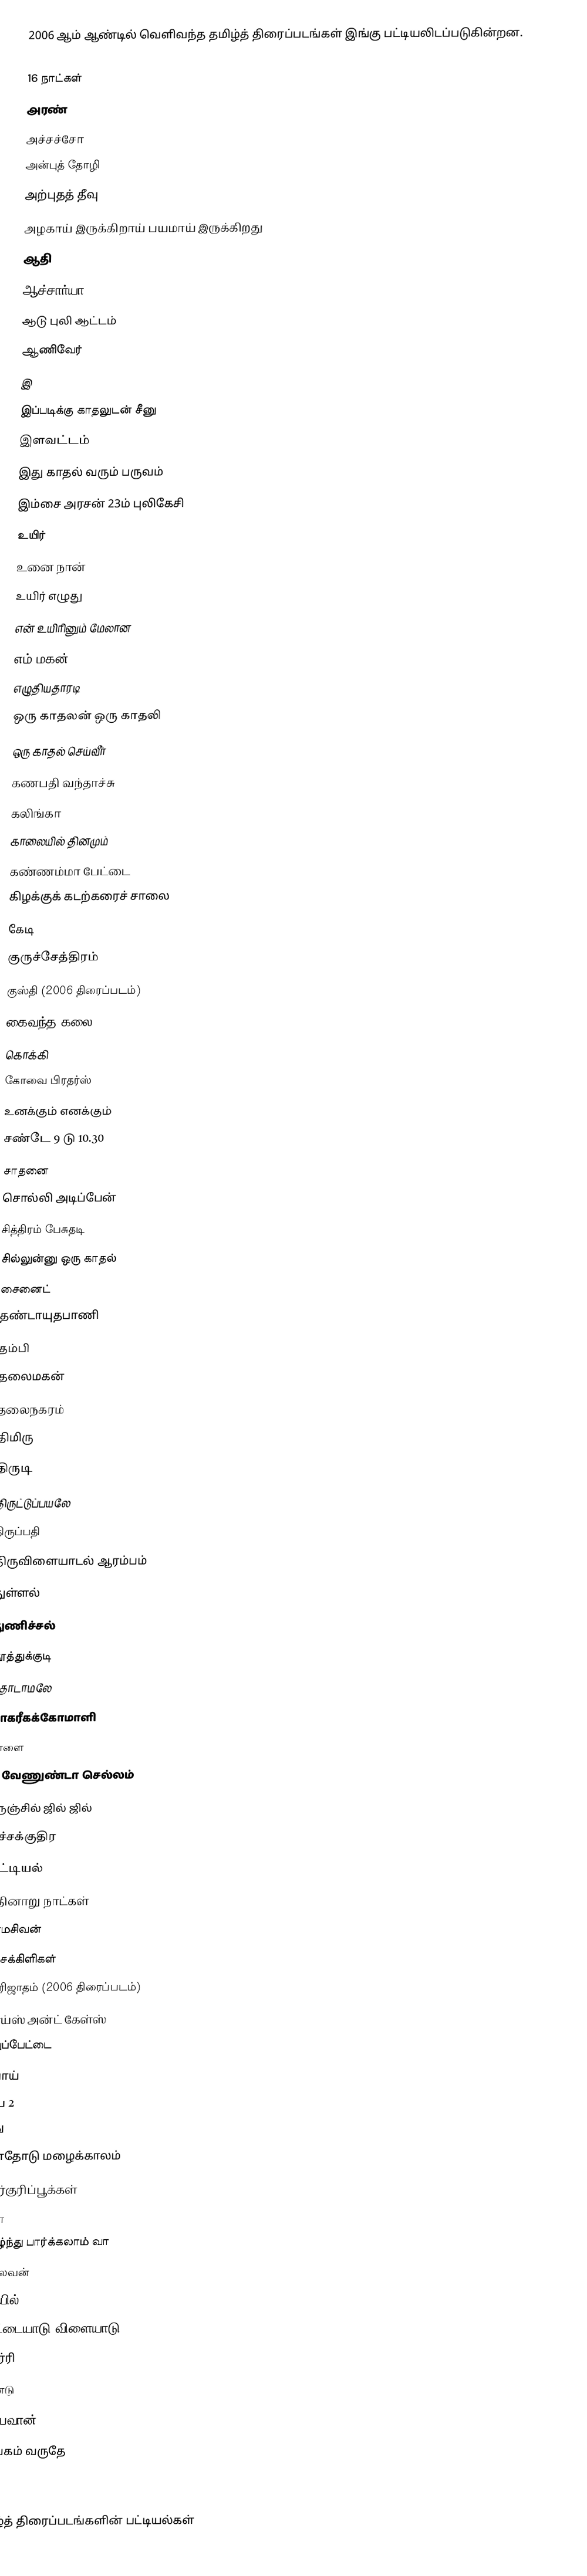
2006 ஆம் ஆண்டில் வெளிவந்த தமிழ்த் திரைப்படங்கள் இங்கு பட்டியலிடப்படுகின்றன.

 16 நாட்கள்
 அரண்
 அச்சச்சோ
 அன்புத் தோழி
 அற்புதத் தீவு
 அழகாய் இருக்கிறாய் பயமாய் இருக்கிறது
 ஆதி
 ஆச்சார்யா
 ஆடு புலி ஆட்டம்
 ஆணிவேர்
 இ
 இப்படிக்கு காதலுடன் சீனு
 இளவட்டம்
 இது காதல் வரும் பருவம்
 இம்சை அரசன் 23ம் புலிகேசி
 உயிர்
 உனை நான்
 உயிர் எழுது
 என் உயிரினும் மேலான
 எம் மகன்
 எழுதியதாரடி
 ஒரு காதலன் ஒரு காதலி
ஒரு காதல் செய்வீர்
கணபதி வந்தாச்சு
 கலிங்கா
 காலையில் தினமும்
கண்ணம்மா பேட்டை
 கிழக்குக் கடற்கரைச் சாலை
 கேடி
குருச்சேத்திரம்
குஸ்தி (2006 திரைப்படம்)
 கைவந்த கலை
 கொக்கி
கோவை பிரதர்ஸ்
உனக்கும் எனக்கும்
 சண்டே 9 டு 10.30
சாதனை
 சொல்லி அடிப்பேன்
 சித்திரம் பேசுதடி
 சில்லுன்னு ஒரு காதல்
 சைனைட்
 தண்டாயுதபாணி
 தம்பி
 தலைமகன்
 தலைநகரம்
 திமிரு
 திருடி
 திருட்டுப்பயலே
 திருப்பதி
 திருவிளையாடல் ஆரம்பம்
 துள்ளல்
 துணிச்சல்
தூத்துக்குடி
 தொடாமலே
 நாகரீகக்கோமாளி
 நாளை
 நீ வேணுண்டா செல்லம்
 நெஞ்சில் ஜில் ஜில்
 பச்சக்குதிர
 பட்டியல்
 பதினாறு நாட்கள்
 பரமசிவன்
 பாசக்கிளிகள்
 பாரிஜாதம் (2006 திரைப்படம்)
 பாய்ஸ் அன்ட் கேள்ஸ்
 புதுப்பேட்டை
 பொய்
 பை 2
மது
 மனதோடு மழைக்காலம்
மெர்குரிப்பூக்கள்
 லயா
 வாழ்ந்து பார்க்கலாம் வா
 வல்லவன்
வெயில்
 வேட்டையாடு விளையாடு
 ஜெர்ரி
 ரெண்டு
ஜாம்பவான்
 ஞாபகம் வருதே
 யுகா

தமிழ்த் திரைப்படங்களின் பட்டியல்கள்